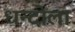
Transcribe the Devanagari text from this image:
धन्दोला